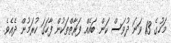
މަހުގެ 13 ވަނަ ދުވަސް ކަން ބައެއް ފަރާތްތަކުން ފާހަގަ ކުރަމުން ދެއެވެ.